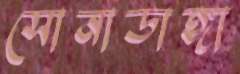
সোনাডাঙ্গা